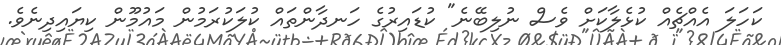
ކަހަލަ އެއްޗެއް ކުޅެލާކަށް ވެސް ނުލިބޭނެ" ކުޑައިރުގެ ހަނދާންތައް ކުލަކުރަމުން މައުމޫން ކިޔައިދިނެވެ.